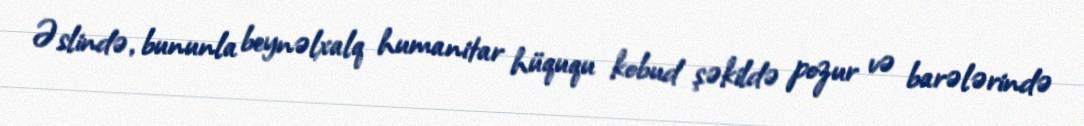
Əslində, bununla beynəlxalq humanitar hüququ kobud şəkildə pozur və barələrində